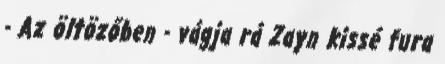
- Az öltözőben - vágja rá Zayn kissé fura